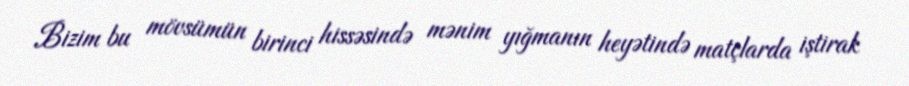
Bizim bu mövsümün birinci hissəsində mənim yığmanın heyətində matçlarda iştirak